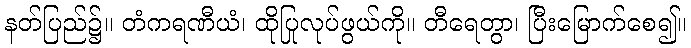
နတ်ပြည်၌။ တံကရဏီယံ၊ ထိုပြုလုပ်ဖွယ်ကို။ တီရေတွာ၊ ပြီးမြောက်စေ၍။